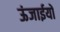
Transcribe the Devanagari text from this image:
ऊंजाईयों